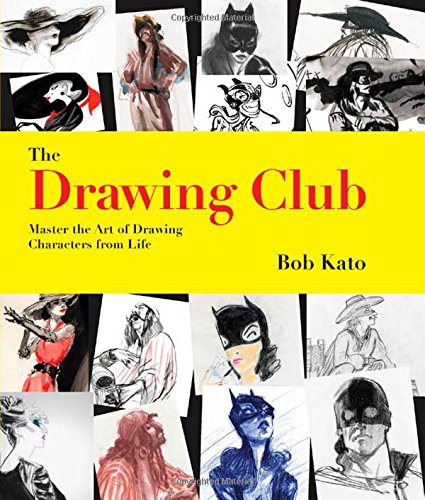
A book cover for The Drawing Club: Master the Art of Drawing Characters from Life; Bob Kato; Arts & Photography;